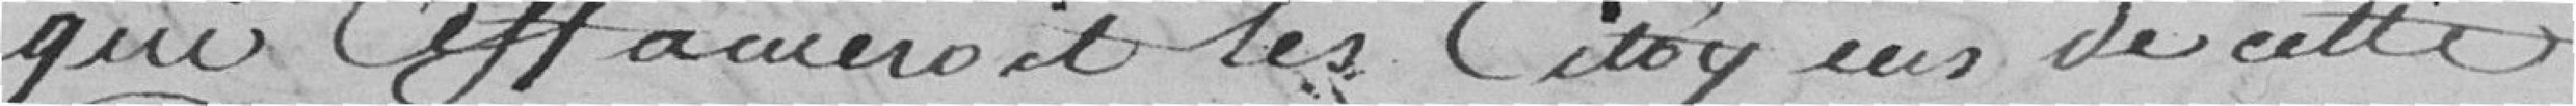
qui affamerait les citoyens de cette